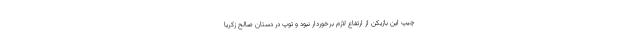
چیپ این بازیکن از ارتفاع لازم برخوردار نبود و توپ در دستان صالح زکریا